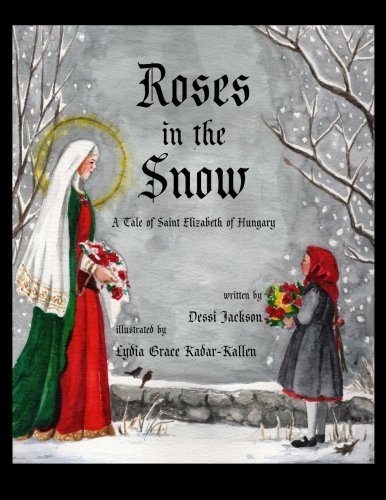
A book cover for Roses in the Snow: A Tale of Saint Elizabeth of Hungary; Dessi Jackson; Children's Books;